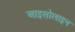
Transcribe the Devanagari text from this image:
आइसोलाइन